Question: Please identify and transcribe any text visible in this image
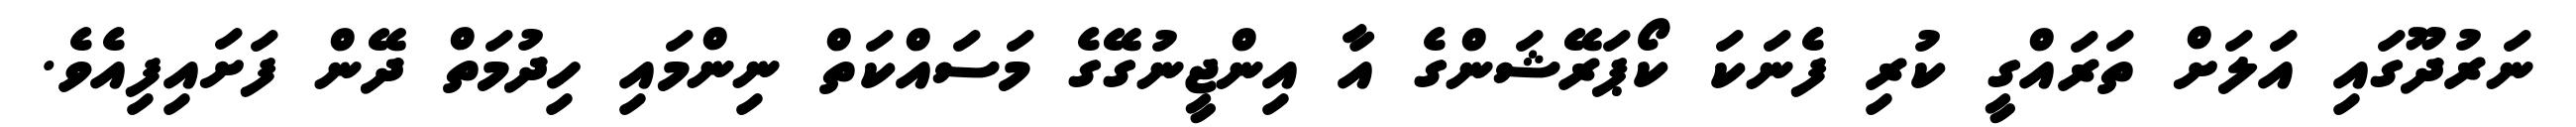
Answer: ނަރުދޫގައި އަލަށް ތަރައްގީ ކުރި ފެނަކަ ކޯޕަރޭޝަންގެ އާ އިންޖީނުގޭގެ މަސައްކަތް ނިންމައި ހިދުމަތް ދޭން ފަށައިފިއެވެ.